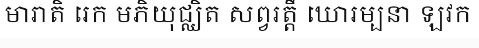
មារាតិ រេក មភិយុជ្ឈិត សព្វរត្តឹ ឃោរម្បនា ឡវក